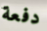
دفعة